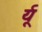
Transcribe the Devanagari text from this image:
र्यू